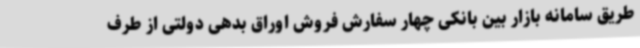
طریق سامانه بازار بین‌ بانکی چهار سفارش فروش اوراق بدهی دولتی از طرف